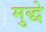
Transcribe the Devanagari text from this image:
मुद्धे